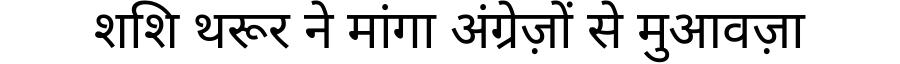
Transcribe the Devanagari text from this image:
शशि थरूर ने मांगा अंग्रेज़ों से मुआवज़ा